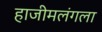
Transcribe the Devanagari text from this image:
हाजीमलंगला